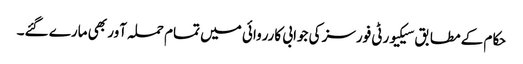
حکام کے مطابق سیکیورٹی فورسز کی جوابی کارروائی میں تمام حملہ آور بھی مارے گئے۔